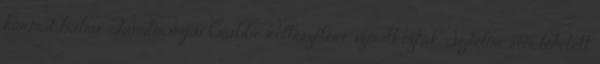
hármat balra. Tanulmányai Crabbe költészetére szorítkoztak. Sejtelme sem lehetett